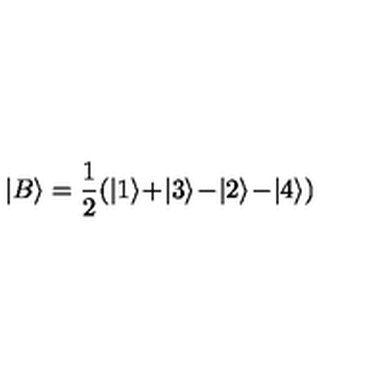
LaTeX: | B \rangle = \frac { 1 } { 2 } ( | 1 \rangle \! + \! | 3 \rangle \! - \! | 2 \rangle \! - \! | 4 \rangle )